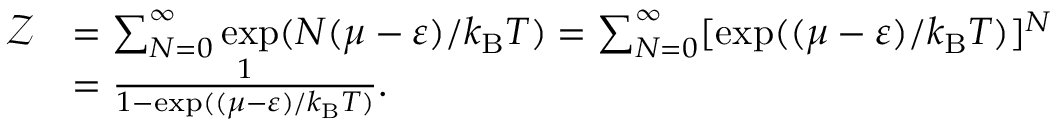
{ \begin{array} { r l } { { \mathcal { Z } } } & { = \sum _ { N = 0 } ^ { \infty } \exp ( N ( \mu - \varepsilon ) / k _ { \mathrm { B } } T ) = \sum _ { N = 0 } ^ { \infty } [ \exp ( ( \mu - \varepsilon ) / k _ { \mathrm { B } } T ) ] ^ { N } } \\ & { = { \frac { 1 } { 1 - \exp ( ( \mu - \varepsilon ) / k _ { \mathrm { B } } T ) } } . } \end{array} }